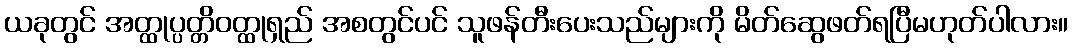
ယခုတွင် အတ္ထုပ္ပတ္တိဝတ္ထုရှည် အစတွင်ပင် သူဖန်တီးပေးသည်များကို မိတ်ဆွေဖတ်ရပြီမဟုတ်ပါလား။